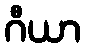
ဂီယာ